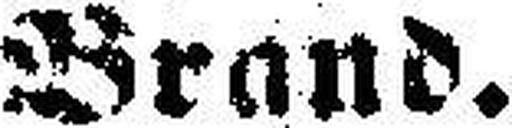
Brand.